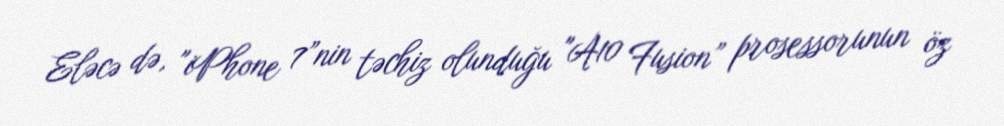
Eləcə də, "iPhone 7”nin təchiz olunduğu "A10 Fusion” prosessorunun öz